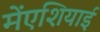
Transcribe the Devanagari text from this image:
मेंएशियाई